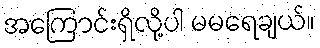
အကြောင်းရှိလို့ပါ မမရေချယ်။